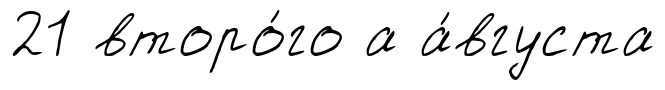
21 второ́го а а́вгуста